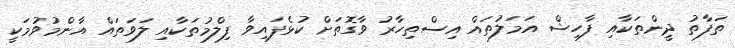
ތަފާތު ދީންތަކާއި ފާހިޝް އަމަލުތައް އިސްތިހާރު ވާގޮތަށް ކުޅެފައިވާ ފިލްމުތަކާއި ލަވަތައް އާންމުވުމަކީ